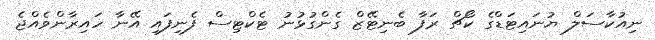
ނިއުކާސަލް ޔުނައިޓަޑްގެ ކޯޗް ރަފާ ބެނިޓޭޒް ގެންގުޅުނު ޓެކްޓިސް ފެނިފައި އޭނާ ހައިރާންވެއްޖެ